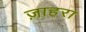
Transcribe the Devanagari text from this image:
ज़ाहरा